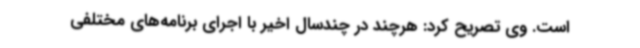
است. وی تصریح کرد: هرچند در چندسال اخیر با اجرای برنامه‌های مختلفی